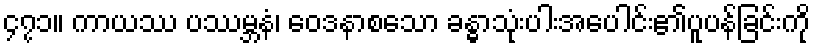
၄၇၁။ ကာယဿ ပဿမ္ဘနံ၊ ဝေဒနာစသော ခန္ဓာသုံးပါးအပေါင်း၏ပူပန်ခြင်းကို